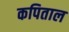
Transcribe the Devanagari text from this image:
कपिताल